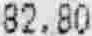
82.80